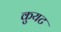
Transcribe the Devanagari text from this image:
कुयट